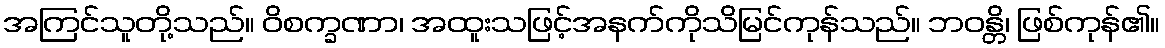
အကြင်သူတို့သည်။ ဝိစက္ခဏာ၊ အထူးသဖြင့်အနက်ကိုသိမြင်ကုန်သည်။ ဘဝန္တိ၊ ဖြစ်ကုန်၏။